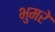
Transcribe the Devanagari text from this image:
भुमरे